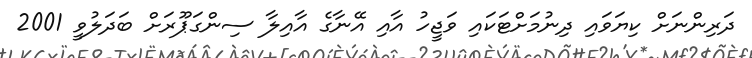
ދަރިންނަށް ކިޔަވައި ދިނުމަށްޓަކައި ވަޖީހު އާއި އޭނާގެ އާއިލާ ސިންގަޕޫރަށް ބަދަލުވީ 2001